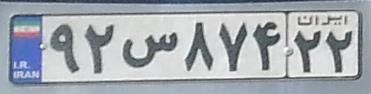
۹۲س۸۷۴۲۲